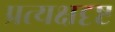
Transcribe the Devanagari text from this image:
प्रत्यक्षदृष्ट